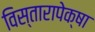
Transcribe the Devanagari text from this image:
विस्तारापेक्षा